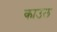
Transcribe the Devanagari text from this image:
काउल